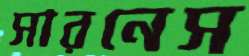
সারনেস